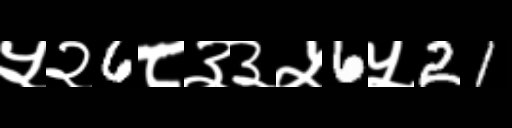
Text: ५२6८३३५6५21